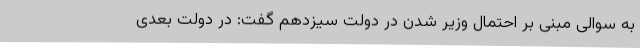
به سوالی مبنی بر احتمال وزیر شدن در دولت سیزدهم گفت: در دولت بعدی